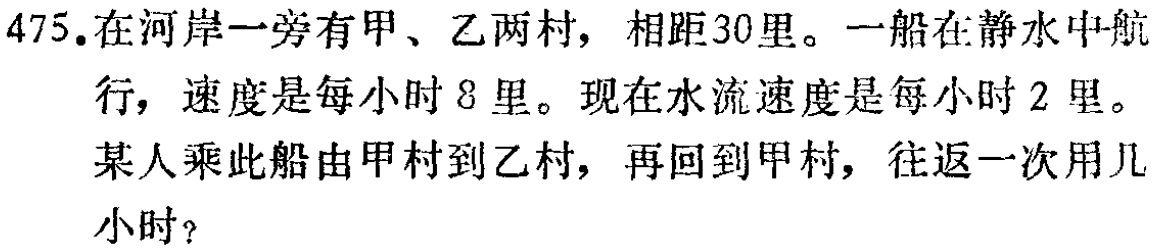
475.在河岸一旁有甲、乙两村，相距30里。一船在静水中航行，速度是每小时8里。现在水流速度是每小时2里。某人乘此船由甲村到乙村，再回到甲村，往返一次用几小时？